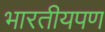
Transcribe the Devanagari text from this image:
भारतीयपण